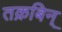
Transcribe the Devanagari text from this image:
तक्रबिन्